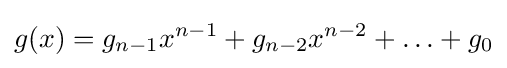
g(x)=g_{n-1}x^{n-1}+g_{n-2}x^{n-2}+\ldots +g_{0}